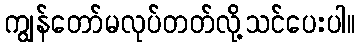
ကျွန်တော်မလုပ်တတ်လို့သင်ပေးပါ။